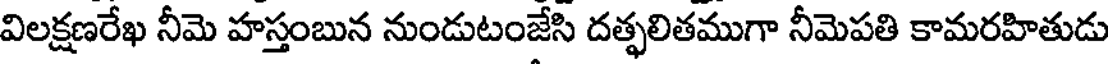
విలక్షణరేఖ నీమె హస్తంబున నుండుటంజేసి దత్ఫలితముగా నీమెపతి కామరహితుడు